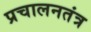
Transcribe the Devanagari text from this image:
प्रचालनतंत्र